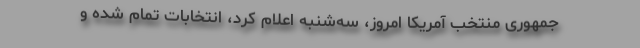
جمهوری منتخب آمریکا امروز، سه‌شنبه اعلام کرد، انتخابات تمام شده و